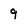
Character: 9